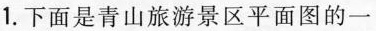
1.下面是青山旅游景区平面图的一